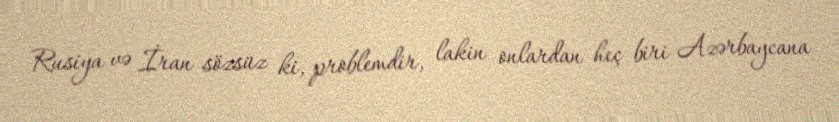
Rusiya və İran sözsüz ki, problemdir, lakin onlardan heç biri Azərbaycana